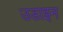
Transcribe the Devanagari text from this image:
उडाइन